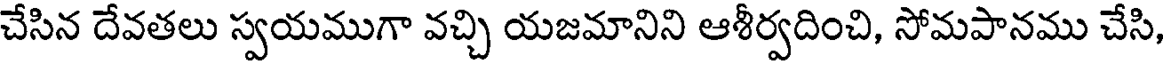
చేసిన దేవతలు స్వయముగా వచ్చి యజమానిని ఆశీర్వదించి, సోమపానము చేసి,